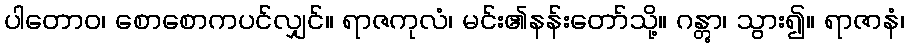
ပါတောဝ၊ စောစောကပင်လျှင်။ ရာဇကုလံ၊ မင်း၏နန်းတော်သို့။ ဂန္တွာ၊ သွား၍။ ရာဇာနံ၊